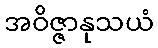
အဝိဇ္ဇာနုသယံ